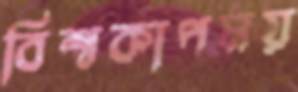
বিশ্বকাপময়